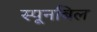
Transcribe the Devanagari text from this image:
स्पूनबिल